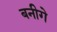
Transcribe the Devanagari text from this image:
बनीगे